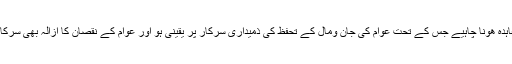
عوام چونکہ ان شرپسند عناصر سے تعداد میں زیادہ ہے اس لیے ان کے ساتھ بھی ایک سرکاری معاہدہ ھونا چاہیے جس کے تحت عوام کی جان ومال کے تحفظ کی ذمیداری سرکار پر یقینی ہو اور عوام کے نقصان کا ازالہ بھی سرکار ہی کرے کیونکہ عوام کا نقصان سرکار کی طرف سے شرپسندوں کو دی گئی ڈھیل کا نتیجہ ہے۔